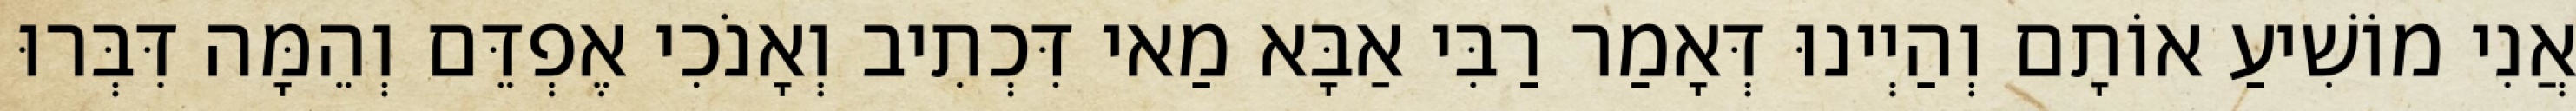
אֲנִי מוֹשִׁיעַ אוֹתָם וְהַיְינוּ דְּאָמַר רַבִּי אַבָּא מַאי דִּכְתִיב וְאָנֹכִי אֶפְדֵּם וְהֵמָּה דִּבְּרוּ